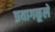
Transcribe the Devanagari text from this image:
प्रयागकूले